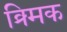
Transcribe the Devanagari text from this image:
क्र्मिक